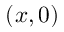
( x , 0 )